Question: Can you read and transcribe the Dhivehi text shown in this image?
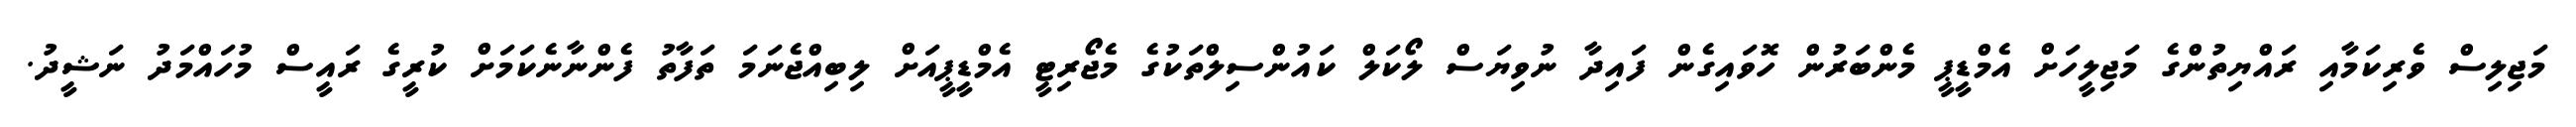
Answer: މަޖިލިސް ވެރިކަމާއި ރައްޔިތުންގެ މަޖިލީހަށް އެމްޑީޕީ މެންބަރުން ހޮވައިގެން ފައިދާ ނުވިޔަސް ލޯކަލް ކައުންސިލްތަކުގެ މެޖޯރިޓީ އެމްޑީޕީއަށް ލިބިއްޖެނަމަ ތަފާތު ފެންނާނެކަމަށް ކުރީގެ ރައީސް މުހައްމަދު ނަޝީދު.